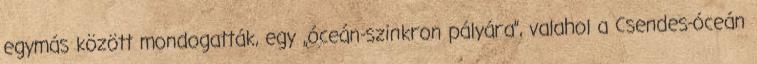
egymás között mondogatták, egy „óceán-szinkron pályára”, valahol a Csendes-óceán